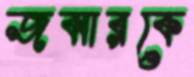
জব্বারকে